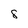
Character: 8